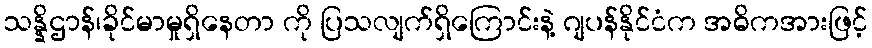
သန္နိဌာန်၊ခိုင်မာမှုရှိနေတာ ကို ပြသလျက်ရှိကြောင်းနဲ့ ဂျပန်နိုင်ငံက အဓိကအားဖြင့်